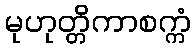
မုဟုတ္တိကာစက္ကံ